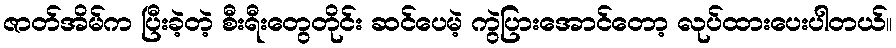
ဇာတ်အိမ်က ပြီးခဲ့တဲ့ စီးရီးတွေတိုင်း ဆင်ပေမဲ့ ကွဲပြားအောင်တော့ လုပ်ထားပေးပါတယ်။